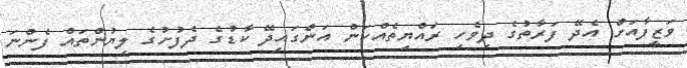
ވަޒީފާއަށް އެދޭ ފަރާތުގެ ދިވެހި ރައްޔިތެއްކަން އަންގައިދޭ ކާޑުގެ ދެފުށުގެ ލިޔުންތައް ފެންނަ